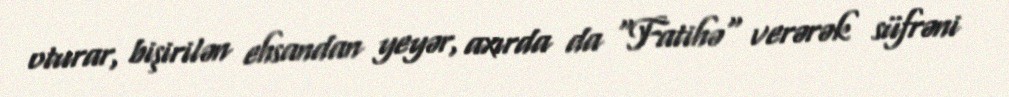
oturar, bişirilən ehsandan yeyər, axırda da "Fatihə" verərək süfrəni